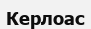
Керлоас